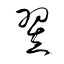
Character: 翌